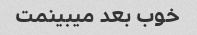
خوب بعد میبینمت